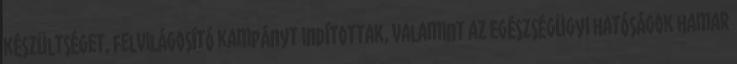
készültséget, felvilágosító kampányt indítottak, valamint az egészségügyi hatóságok hamar